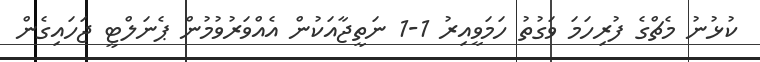
ކުޅުނު މެޗްގެ ފުރިހަމަ ވަގުތު ހަމަވީއިރު 1-1 ނަތީޖާއަކުން އެއްވަރުވުމުން ޕެނަލްޓީ ޖަހައިގެން